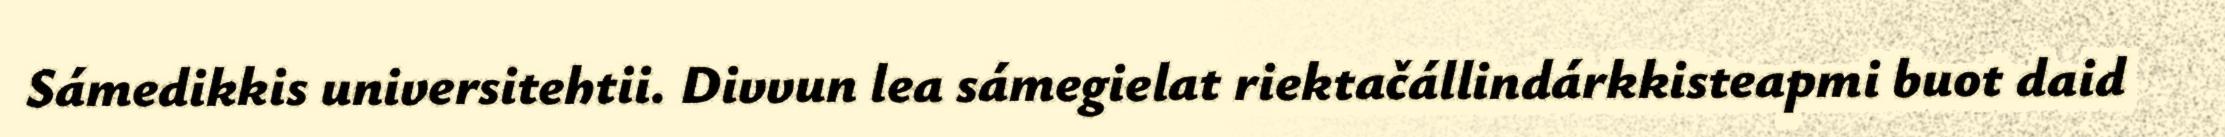
Sámedikkis universitehtii. Divvun lea sámegielat riektačállindárkkisteapmi buot daid